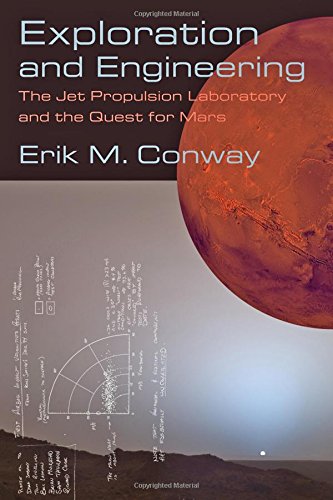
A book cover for Exploration and Engineering: The Jet Propulsion Laboratory and the Quest for Mars (New Series in NASA History); Erik M. Conway; Science & Math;